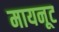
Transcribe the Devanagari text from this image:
मायनूट